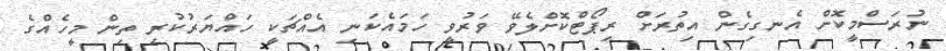
ނުރަސްމީކޮށް އެނގިގެން އިތުރަށް ރިޕޯޓްކޮށްލެވޭ ވަރުވީ ހަމައެކަނި އެއްޗަކީ ހައްޔަރުކުރި ތިން މީހެއްގެ